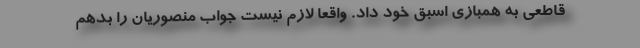
قاطعی به همبازی اسبق خود داد. واقعاً لازم نیست جواب منصوریان را بدهم